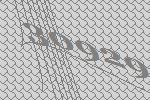
30929